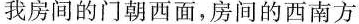
我房间的门朝西面，房间的西南方